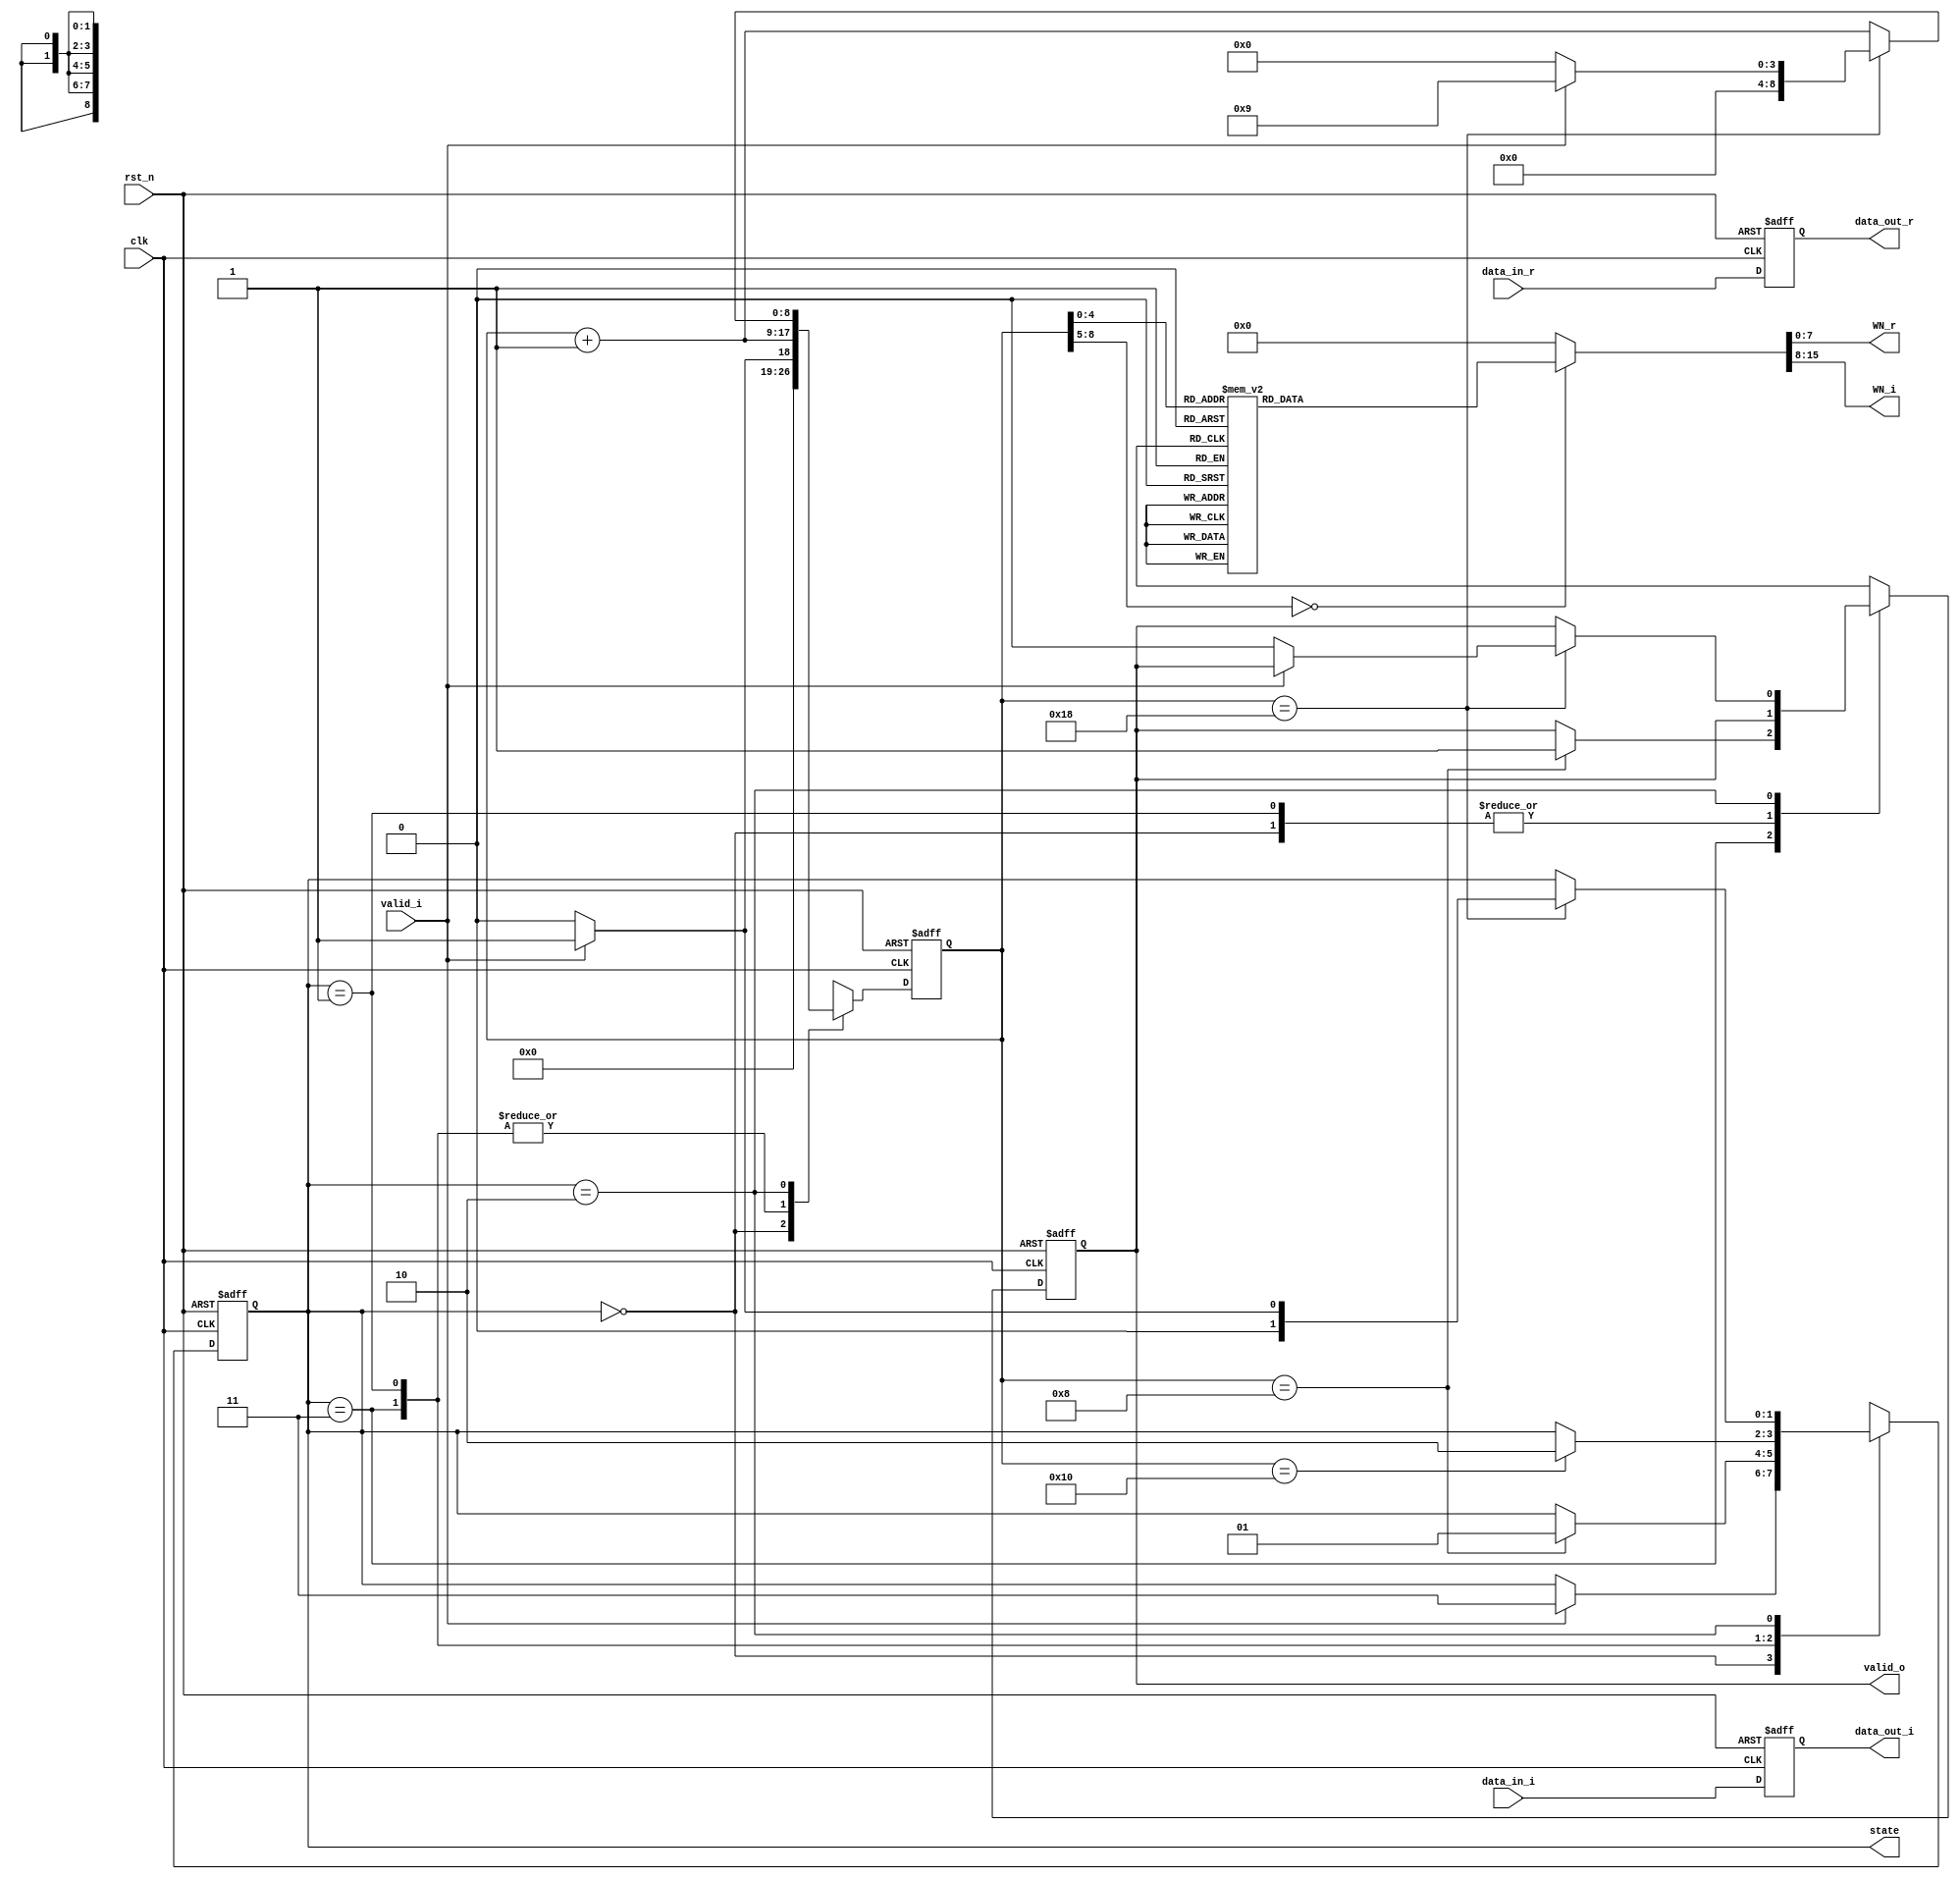
// ===================================================================
// Module: CTRL8
// 
// This is control-unit for 2nd stage Butterfly unit
// Function:
//      1. Determine the input of the Butterfly unit
//      2. Give the exp(-j*2pi*n/N) to Butterfly unit
//      3. Control the input and the mux before/after the shift register
//
// Note that data_out is connected to the port A of the Butterfly unit
//     (flipfloped data_in)
// 
// ===================================================================
module CTRL8(
    input                       clk,
    input                       rst_n,
    input                       valid_i,
    input signed [13:0]         data_in_r,
    input signed [13:0]         data_in_i,
    
    output reg                  valid_o,         
    output reg [1:0]            state,
    output reg signed [13:0]    data_out_r,
    output reg signed [13:0]    data_out_i,
    output reg signed [7:0]     WN_r,
    output reg signed [7:0]     WN_i
);
    
    // state parameter
    parameter IDLE      = 2'b00;
    parameter FIRST     = 2'b01;
    parameter SECOND    = 2'b10;
    parameter WAITING   = 2'b11;

    // Wire-Reg declaration
    reg [8:0] count, next_count;
    reg [1:0] next_state;
    reg next_valid_o;
    
    // Combinational part - state logic
    always@(*) begin
        next_count = count;
        next_state = state;
        next_valid_o = valid_o;
        case(state)
            IDLE: begin
                next_count = 0;
                if(valid_i) begin
                    next_state = WAITING;
                    next_count = 1;
                end
            end
            WAITING: begin
                next_count = count + 1;
                if(count == 8) begin
                    next_state = FIRST;
                    // After 8 cycles, we are going to output g
                    next_valid_o = 1;
                end
            end
            FIRST: begin
                next_count = count + 1;
                if(count == 16) begin
                    // After 16 cycles, we are going to output h
                    next_state = SECOND;
                end
            end
            SECOND: begin
                next_count = count + 1;
                if(count == 24) begin
                    // After 24 cycles, all data have been outputed
                    if(valid_i) begin
                        next_state = FIRST;
                        next_count = 9;
                    end
                    else begin
                        next_state = IDLE;
                        next_count = 0;
                        next_valid_o = 0;
                    end
                end
            end
        endcase
    end

    // Combinational part - WN logic
    always@(*) begin
        // Send the exp(-j*2*pi*n/16) where n go from 0 to 15
        // format: 10bit (2 integer, 6 fractional)
        case(count)
            17: begin
                WN_r = 8'b01000000;
                WN_i = 8'b00000000;
            end
            18: begin
                WN_r = 8'b00111011;
                WN_i = 8'b11100111;
            end
            19: begin
                WN_r = 8'b00101101;
                WN_i = 8'b11010010;
            end
            20: begin
                WN_r = 8'b00011000;
                WN_i = 8'b11000100;
            end
            21: begin
                WN_r = 8'b00000000;
                WN_i = 8'b11000000;
            end
            22: begin
                WN_r = 8'b11100111;
                WN_i = 8'b11000100;
            end
            23: begin
                WN_r = 8'b11010010;
                WN_i = 8'b11010010;
            end
            24: begin
                WN_r = 8'b11000100;
                WN_i = 8'b11100111;
            end
            default: begin
                WN_r = 8'b00000000;
                WN_i = 8'b00000000;
            end
        endcase
    end

    // Sequential part
    always@(posedge clk or negedge rst_n) begin
        if(!rst_n) begin
            state <= IDLE;
            count <= 0;
            data_out_r <= 0;
            data_out_i <= 0;
            valid_o <= 0;
        end
        else begin
            state <= next_state;
            count <= next_count;
            data_out_r <= data_in_r;
            data_out_i <= data_in_i;
            valid_o <= next_valid_o;
        end
    end
endmodule